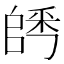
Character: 𨺀